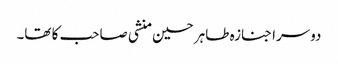
دوسرا جنازہ طاہر حسین منشی صاحب کا تھا۔